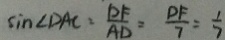
\sin \angle D A C = \frac { D F } { A D } = \frac { P F } { 7 } = \frac { 1 } { 7 }